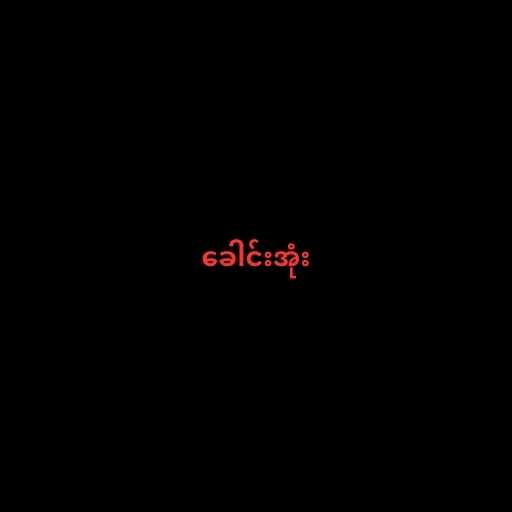
ခေါင်းအုံး